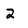
Character: 2